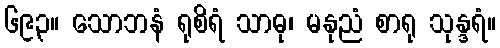
၆၉၃။ သောဘနံ ရုစိရံ သာဓု၊ မနုညံ စာရု သုန္ဒရံ။